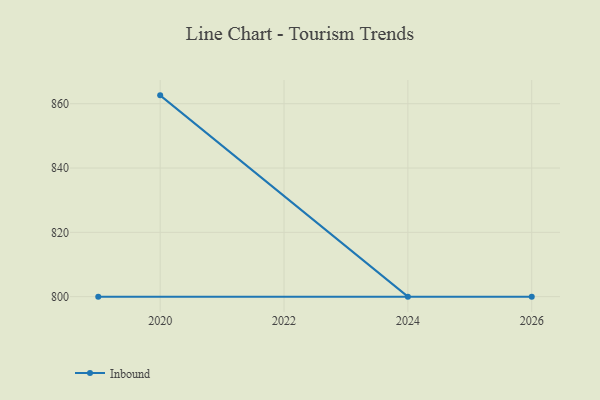
{"axis": {"x": "Year", "y": "Budget (USD K)"}, "legend": ["Inbound"], "data": [{"x": "2020", "y": 862.6, "type": "Inbound"}, {"x": "2024", "y": 800, "type": "Inbound"}, {"x": "2019", "y": 800, "type": "Inbound"}, {"x": "2026", "y": 800, "type": "Inbound"}]}